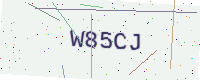
Text: W85CJ